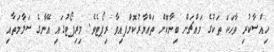
ހިއްސާކުރި ވާހަކަ ތަކުގެ މައްޗަށް ބިނާކޮށް ތައްޔާރުކޮށްަފއިވާ ރިޕޯޓެވެ. މިރިޕޯޓުގައި އޭނާގެ ސަލާމަތާއި